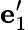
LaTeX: {\mathbf e}_{1}^{\prime}